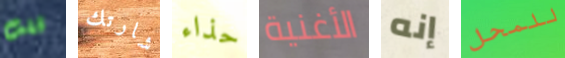
قلت شارتك حذاء الأغنية إنه للمحل